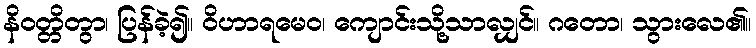
နိဝတ္တိတွာ၊ ပြန်ခဲ့၍။ ဝိဟာရမေဝ၊ ကျောင်းသို့သာလျှင်။ ဂတော၊ သွားလေ၏။